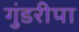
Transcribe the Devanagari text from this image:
गुंडरीपा